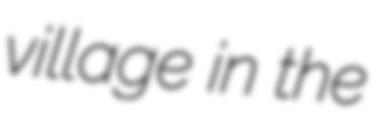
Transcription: village in the